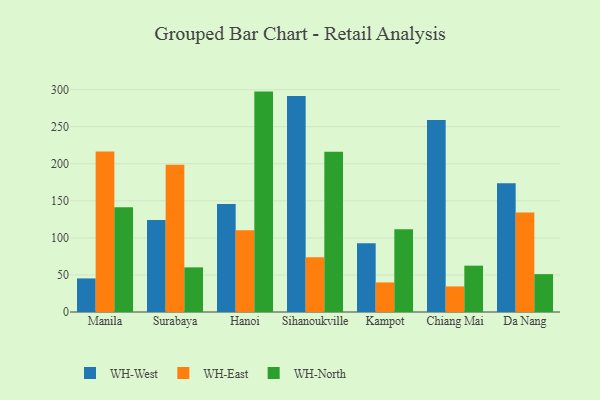
{"axis": {"x": "City", "y": "Budget (USD K)"}, "legend": ["WH-East", "WH-North", "WH-West"], "data": [{"x": "Manila", "y": 45.3, "type": "WH-West"}, {"x": "Manila", "y": 216.4, "type": "WH-East"}, {"x": "Manila", "y": 141.2, "type": "WH-North"}, {"x": "Surabaya", "y": 124.2, "type": "WH-West"}, {"x": "Surabaya", "y": 198.7, "type": "WH-East"}, {"x": "Surabaya", "y": 60.2, "type": "WH-North"}, {"x": "Hanoi", "y": 145.6, "type": "WH-West"}, {"x": "Hanoi", "y": 110.2, "type": "WH-East"}, {"x": "Hanoi", "y": 297.3, "type": "WH-North"}, {"x": "Sihanoukville", "y": 291.3, "type": "WH-West"}, {"x": "Sihanoukville", "y": 74.0, "type": "WH-East"}, {"x": "Sihanoukville", "y": 216.3, "type": "WH-North"}, {"x": "Kampot", "y": 92.7, "type": "WH-West"}, {"x": "Kampot", "y": 39.9, "type": "WH-East"}, {"x": "Kampot", "y": 111.5, "type": "WH-North"}, {"x": "Chiang Mai", "y": 258.9, "type": "WH-West"}, {"x": "Chiang Mai", "y": 34.5, "type": "WH-East"}, {"x": "Chiang Mai", "y": 62.5, "type": "WH-North"}, {"x": "Da Nang", "y": 173.6, "type": "WH-West"}, {"x": "Da Nang", "y": 134.3, "type": "WH-East"}, {"x": "Da Nang", "y": 51.1, "type": "WH-North"}]}